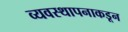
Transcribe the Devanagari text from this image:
व्यवस्थापनाकडून